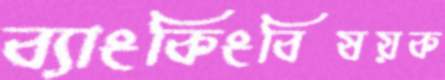
ব্যাংকিংবিষয়ক